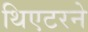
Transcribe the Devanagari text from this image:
थिएटरने